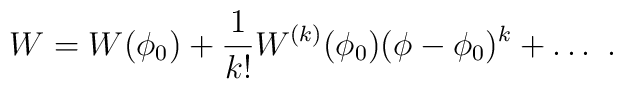
W=W(\phi_0)+{1\over k!}W^{(k)}(\phi_0)(\phi-\phi_0)^k+\dots~.